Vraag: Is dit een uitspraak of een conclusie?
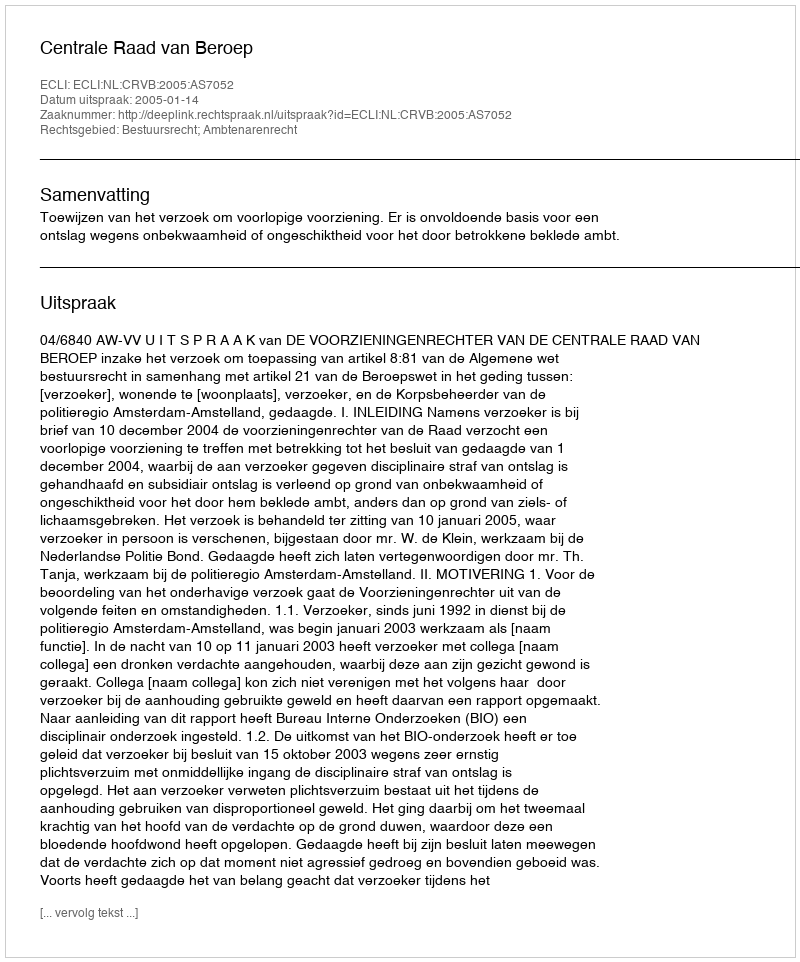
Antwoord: Uitspraak